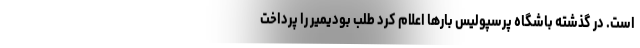
است. در گذشته باشگاه پرسپولیس بارها اعلام کرد طلب بودیمیر را پرداخت